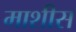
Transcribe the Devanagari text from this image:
माशीस